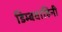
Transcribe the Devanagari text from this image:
डिम्बवाहिनी